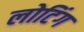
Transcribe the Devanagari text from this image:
लोटिंग